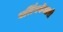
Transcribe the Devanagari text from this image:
बर्लिनफॅक्टरी